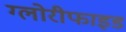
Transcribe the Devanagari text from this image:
ग्लोरीफाइड